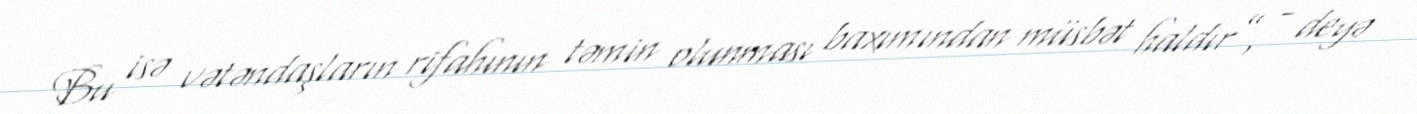
Bu isə vətəndaşların rifahının təmin olunması baxımından müsbət haldır”, - deyə